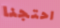
احتجنا